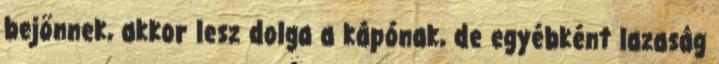
bejönnek, akkor lesz dolga a kápónak, de egyébként lazaság